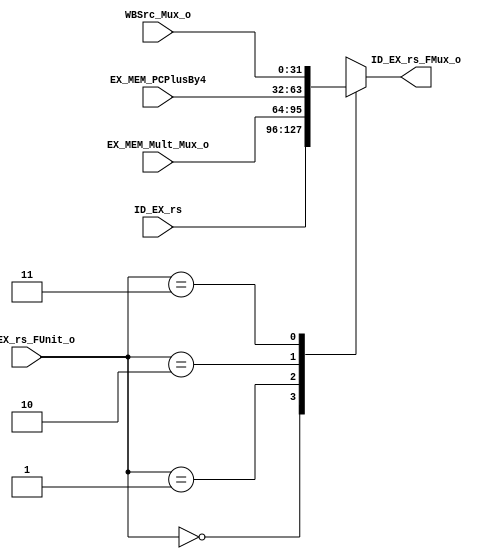
module ID_EX_rs_FMux(ID_EX_rs,EX_MEM_Mult_Mux_o,EX_MEM_PCPlusBy4,WBSrc_Mux_o,
    ID_EX_rs_FUnit_o,
    ID_EX_rs_FMux_o
    );
    
    input[31:0] ID_EX_rs;
    input[31:0] EX_MEM_Mult_Mux_o;
    input[31:0] EX_MEM_PCPlusBy4;
    input[31:0] WBSrc_Mux_o;
    
    input[1:0] ID_EX_rs_FUnit_o;
    
    output[31:0] ID_EX_rs_FMux_o;
    
    reg[31:0] Mux_reg;
    
    assign ID_EX_rs_FMux_o=Mux_reg;
    initial
      Mux_reg<=0;
    always@(ID_EX_rs or EX_MEM_Mult_Mux_o or EX_MEM_PCPlusBy4 or WBSrc_Mux_o or ID_EX_rs_FUnit_o)
      case(ID_EX_rs_FUnit_o)
        0:Mux_reg<=ID_EX_rs;
        1:Mux_reg<=EX_MEM_Mult_Mux_o;
        2:Mux_reg<=EX_MEM_PCPlusBy4;
        3:Mux_reg<=WBSrc_Mux_o;
      endcase
      
        
    
    
    
    
      
endmodule